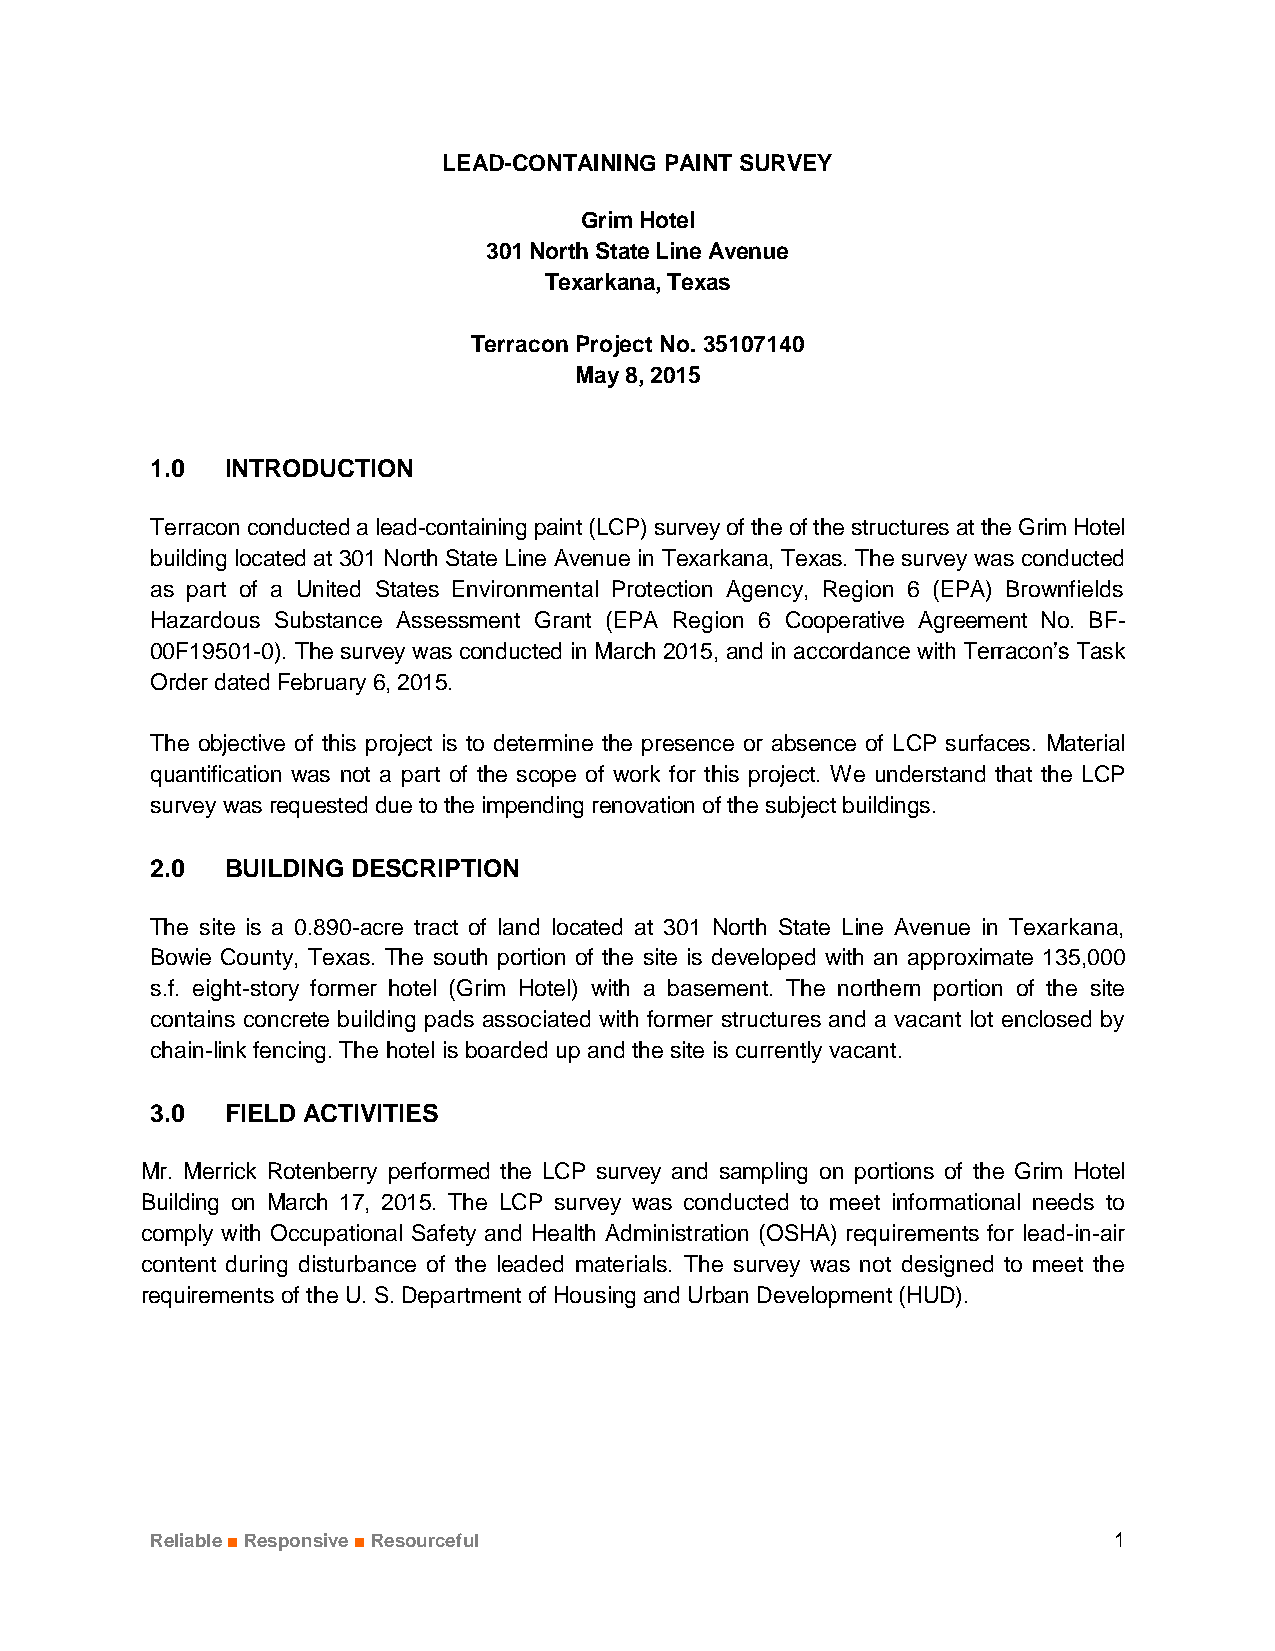
LEAD-CONTAINING PAINT SURVEY
 Grim Hotel
 301 North State Line Avenue
 Texarkana, Texas
 Terracon Project No. 35107140
 May 8, 2015
 1.0  INTRODUCTION
 Terracon conducted a lead-containing paint (LCP) survey of the of the structures at the Grim Hotel
 building located at 301 North State Line Avenue in Texarkana, Texas. The survey was conducted
 as part of a United States Environmental Protection Agency, Region 6 (EPA) Brownfields
 Hazardous Substance Assessment Grant (EPA Region 6 Cooperative Agreement No. BF-
 00F19501-0). The survey was conducted in March 2015, and in accordance with Terracon’s Task
 Order dated February 6, 2015.
 The objective of this project is to determine the presence or absence of LCP surfaces. Material
 quantification was not a part of the scope of work for this project. We understand that the LCP
 survey was requested due to the impending renovation of the subject buildings.
 2.0  BUILDING DESCRIPTION
 The site is a 0.890-acre tract of land located at 301 North State Line Avenue in Texarkana,
 Bowie County, Texas. The south portion of the site is developed with an approximate 135,000
 s.f. eight-story former hotel (Grim Hotel) with a basement. The northern portion of the site
 contains concrete building pads associated with former structures and a vacant lot enclosed by
 chain-link fencing. The hotel is boarded up and the site is currently vacant.
 3.0  FIELD ACTIVITIES
 Mr. Merrick Rotenberry performed the LCP survey and sampling on portions of the Grim Hotel
 Building on March 17, 2015. The LCP survey was conducted to meet informational needs to
 comply with Occupational Safety and Health Administration (OSHA) requirements for lead-in-air
 content during disturbance of the leaded materials. The survey was not designed to meet the
 requirements of the U. S. Department of Housing and Urban Development (HUD).
 Reliable ■ Responsive ■ Resourceful                             1